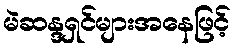
မဲဆန္ဒရှင်များအနေဖြင့်